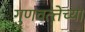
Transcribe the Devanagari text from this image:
गुणवत्त्तेच्या